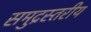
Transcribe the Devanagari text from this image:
समुद्रस्तरीय